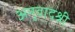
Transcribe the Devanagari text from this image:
अनुवादश्री